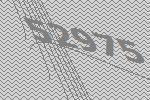
52975